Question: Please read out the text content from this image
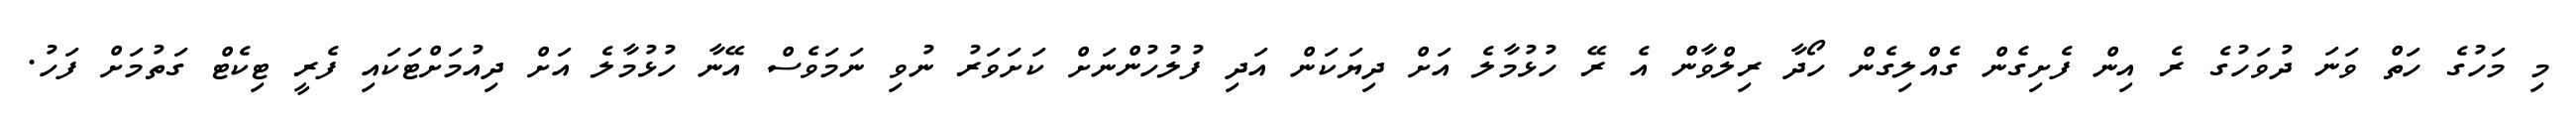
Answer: މި މަހުގެ ހަތް ވަނަ ދުވަހުގެ ރެ އިން ފެށިގެން ގެއްލިގެން ހޯދާ ރިލްވާން އެ ރޭ ހުޅުމާލެ އަށް ދިޔަކަން އަދި ފުލުހުންނަށް ކަށަވަރު ނުވި ނަމަވެސް އޭނާ ހުޅުމާލެ އަށް ދިއުމަށްޓަކައި ފެރީ ޓިކެޓް ގަތުމަށް ފަހު.